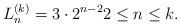
LaTeX: \begin{align*}L_{n}^{(k)}=3\cdot 2^{n-2} 2\leq n \leq k.\end{align*}